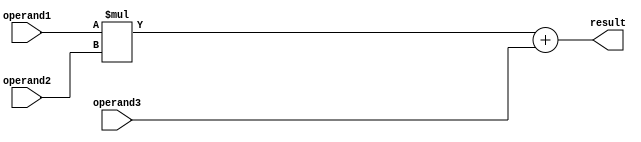
module fma_fpu (
    input [31:0] operand1, // First floating-point number
    input [31:0] operand2, // Second floating-point number
    input [31:0] operand3, // Third floating-point number
    output reg [31:0] result // Result of Fused Multiply-Add operation
);

// Unpacking the inputs
reg [31:0] multiplier_output;
reg [31:0] adder_output;

// Multiplication operation
always @* begin
    multiplier_output = operand1 * operand2; 
end

// Addition operation
always @* begin
    adder_output = multiplier_output + operand3;
end

// Rounding unit (not implemented in this code snippet)

// Assigning the result
always @* begin
    result = adder_output;
end

endmodule